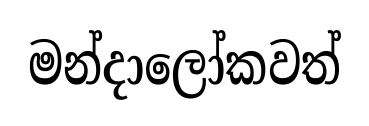
මන්දාලෝකවත්